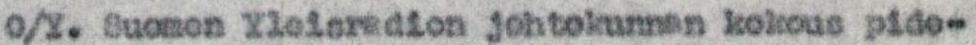
O/Y. Suomen Yleisradion johtokunnan kokous pide-